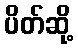
ပိတ်ဆို့